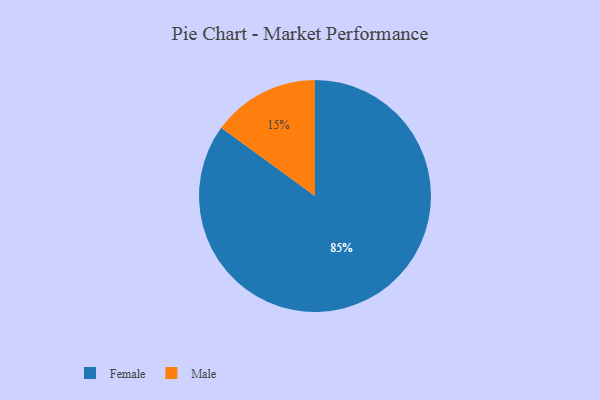
{"axis": {"x": "Category", "y": "Percentage"}, "legend": ["Female", "Male"], "data": [{"x": "Female", "y": 85, "type": "Female"}, {"x": "Male", "y": 15, "type": "Male"}]}